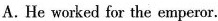
A. He worked for the emperor.